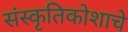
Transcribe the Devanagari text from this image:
संस्कृतिकोशाचे